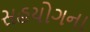
સહયોગના